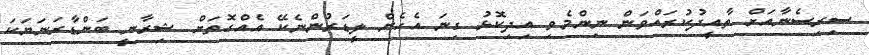
ސިރިސެނާއަށް ތާއީދުކުރައްވަން ނިންމެވި އިދިކޮޅު ގިނަ އެހެން ލީޑަރުންނެކޭ އެއްގޮތަށް ޝިރާނީ ބަންޑާރަނަޔަކަ